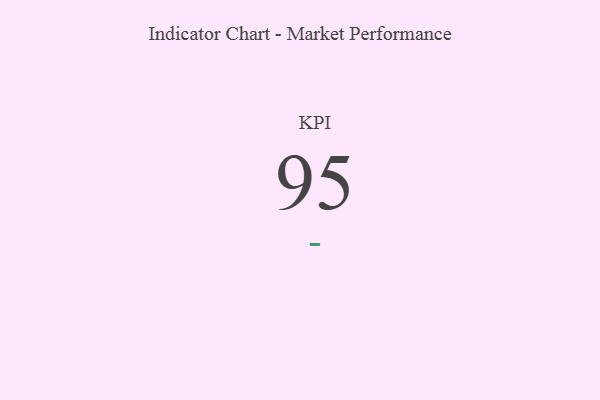
{"axis": {"x": "KPI", "y": "Value"}, "legend": [""], "data": [{"x": "KPI", "y": 95, "type": ""}]}